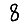
Digit: 8